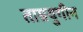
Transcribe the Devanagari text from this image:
ताम्रयुगीन